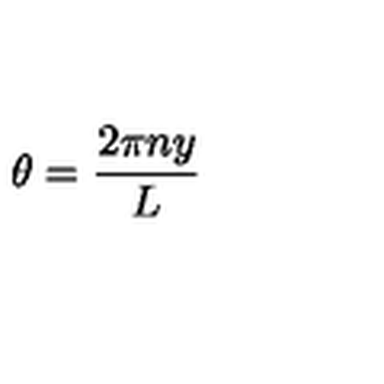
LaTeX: \theta = { \frac { 2 \pi n y } { L } }